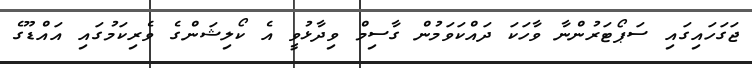
ޖަގަހައިގައި ސަޕޯޓަރުންނާ ވާހަކަ ދައްކަވަމުން ގާސިމް ވިދާޅުވީ އެ ކޯލިޝަންގެ ވެރިކަމުގައި އައްޑޫގެ